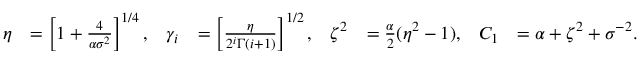
\begin{array} { r l r l r l r l } { \eta } & { = \left[ 1 + \frac { 4 } { \alpha \sigma ^ { 2 } } \right] ^ { 1 / 4 } , } & { \gamma _ { i } } & { = \left[ \frac \eta { 2 ^ { i } \Gamma ( i + 1 ) } \right] ^ { 1 / 2 } , } & { \zeta ^ { 2 } } & { = \frac { \alpha } { 2 } ( \eta ^ { 2 } - 1 ) , } & { C _ { 1 } } & { = \alpha + \zeta ^ { 2 } + \sigma ^ { - 2 } . } \end{array}